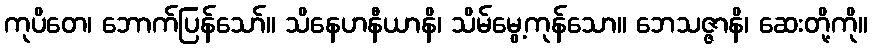
ကုပိတေ၊ ဘောက်ပြန်သော်။ သိနေဟနီယာနိ၊ သိမ်မွေ့ကုန်သော။ ဘေသဇ္ဇာနိ၊ ဆေးတို့ကို။